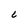
Character: C